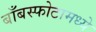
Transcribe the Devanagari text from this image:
बाँबस्फोटामध्ये